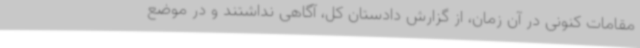
مقامات کنونی در آن زمان، از گزارش دادستان کل، آگاهی نداشتند و در موضع